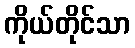
ကိုယ်တိုင်သာ